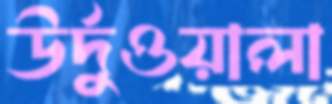
উর্দুওয়ালা